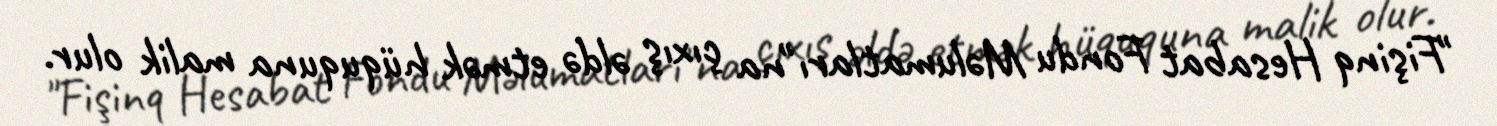
"Fişinq Hesabat Fondu Məlumatları"na çıxış əldə etmək hüququna malik olur.